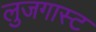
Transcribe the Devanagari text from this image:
लुजगास्ट